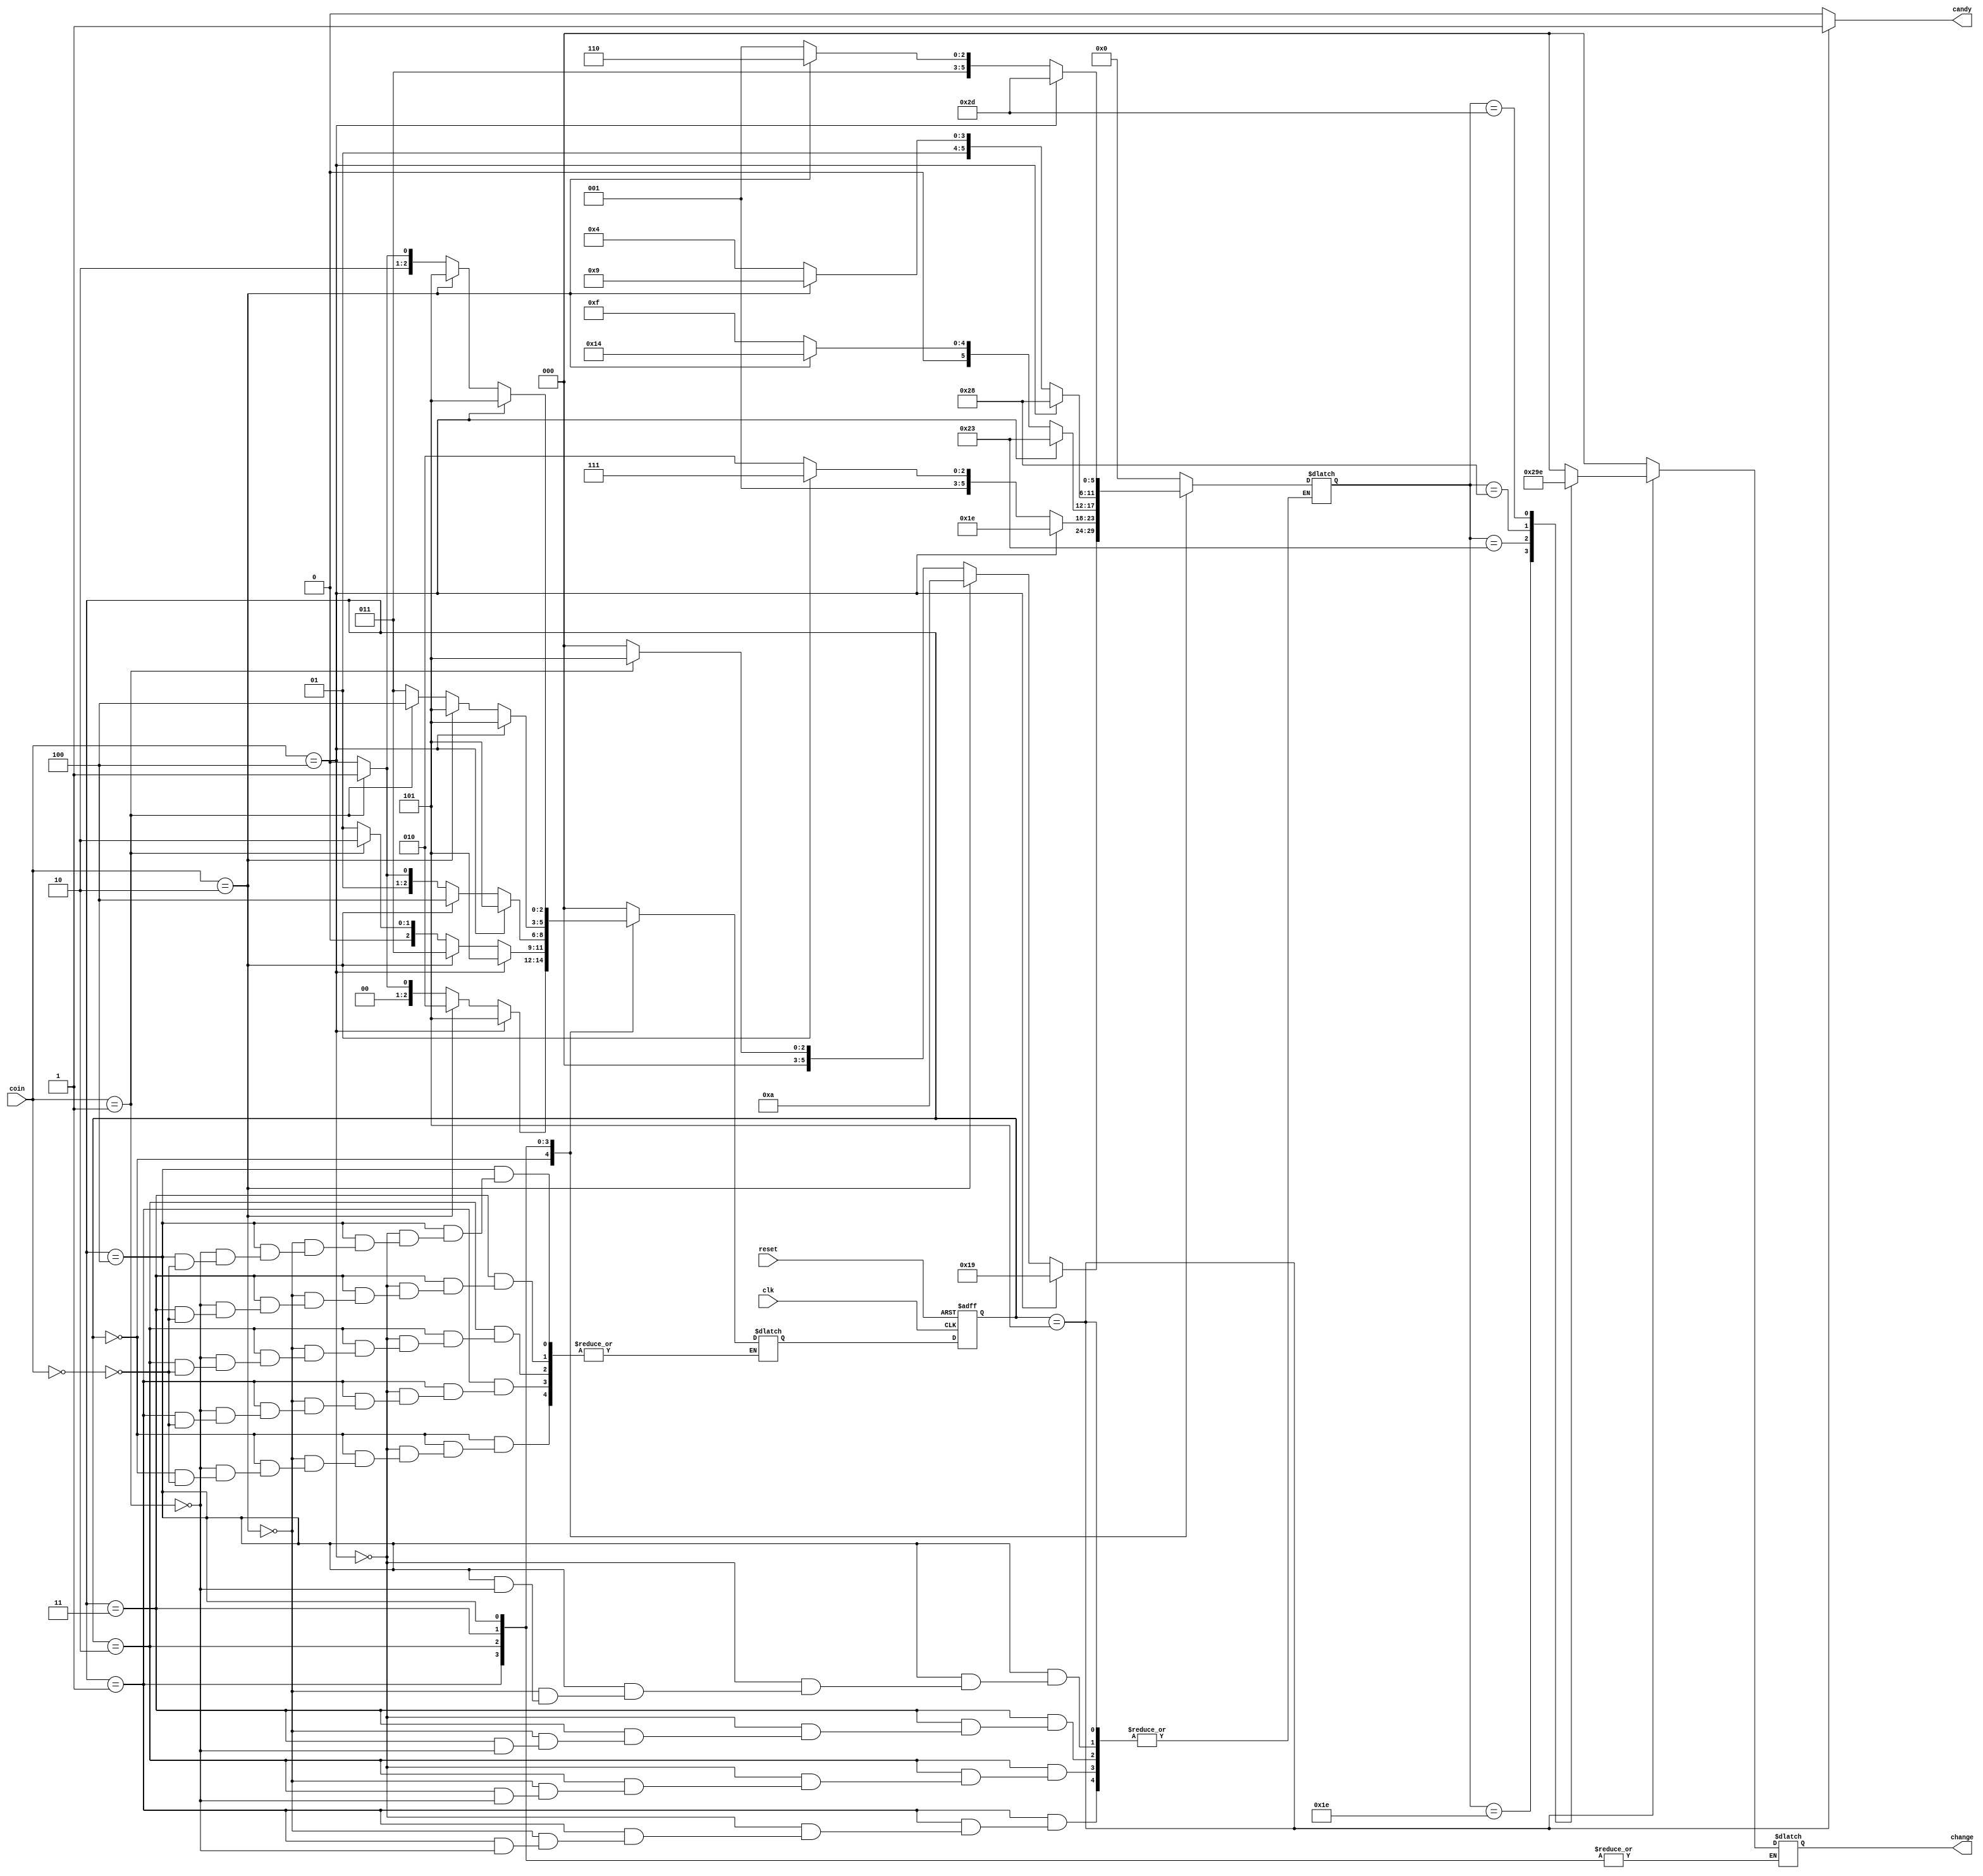
// This program was cloned from: https://github.com/FPGADude/Digital-Design
// License: GNU General Public License v3.0


module candy_machine(
	input reset,		
	input clk,			
	input [2:0] coin,						
	output reg [2:0] change,				
	output reg candy	
);									

	parameter S0 = 3'b000;	//  0 cents - candy = 0
	parameter S1 = 3'b001;	//  5 cents - candy = 0
	parameter S2 = 3'b010;	// 10 cents - candy = 0
	parameter S3 = 3'b011;	// 15 cents - candy = 0
	parameter S4 = 3'b100;	// 20 cents - candy = 0
	parameter S5 = 3'b101;	// 25 cents - candy = 1

	reg [2:0] current_state, next_state;			
	reg [5:0] coin_count;
	
	always @(posedge clk or posedge reset)
		if(reset)
			current_state <= S0;
		else
			current_state <= next_state;
	
	always @(*) begin
		case(current_state)
			S0 : begin	// 0 cents
					candy = 1'b0;
					change = 3'b000;
					coin_count = 0;
					if(coin == 3'b000)
						next_state = S0;
					if(coin == 3'b001) begin
						next_state = S1;
						coin_count = 5;
						end
					if(coin == 3'b010) begin
						next_state = S2;
						coin_count = 10;
						end
					if(coin == 3'b100) begin
						next_state = S5;
						coin_count = 25;
						end
				 end
			S1 : begin	// 5 cents
					candy = 1'b0;
					if(coin == 3'b000)
						next_state = S1;
					if(coin == 3'b001) begin
						next_state = S2;
						coin_count = 10;
						end
					if(coin == 3'b010) begin
						next_state = S3;
						coin_count = 15;
						end
					if(coin == 3'b100) begin
						next_state = S5;
						coin_count = 30;
						end
				 end
			S2 : begin	// 10 cents
					candy = 1'b0;
					if(coin == 3'b000)
						next_state = S2;
					if(coin == 3'b001) begin
						next_state = S3;
						coin_count = 15;
						end
					if(coin == 3'b010) begin
						next_state = S4;
						coin_count = 20;
						end
					if(coin == 3'b100) begin
						next_state = S5;
						coin_count = 35;
						end
				 end 
			S3 : begin	// 15 cents
					candy = 1'b0;
					if(coin == 3'b000)
						next_state = S3;
					if(coin == 3'b001) begin
						next_state = S4;
						coin_count = 20;
						end
					if(coin == 3'b010) begin
						next_state = S5;
						coin_count = 25;
						end
					if(coin == 3'b100) begin
						next_state = S5;
						coin_count = 40;
						end
				 end 
			S4 : begin	// 20 cents
					candy = 1'b0;
					if(coin == 3'b000)
						next_state = S4;
					if(coin == 3'b001) begin
						next_state = S5;
						coin_count = 25;
						end
					if(coin == 3'b010) begin
						next_state = S5;
						coin_count = 30;
						end
					if(coin == 3'b100) begin
						next_state = S5;
						coin_count = 45;
						end		
				 end
			S5 : begin	// 25+ cents
					candy = 1'b1;
					next_state = S0;
					case(coin_count)
						30 : change = 3'b001;		// return nickel
						35 : change = 3'b010;		// return dime
						40 : change = 3'b011;		// return nickel + dime
						45 : change = 3'b110; 		// return dime + dime
						default : change = 3'b000;	// no change due
					endcase
				 end 
			default : begin
						candy = 1'b0;
						change = 3'b000;
						coin_count = 0;
						next_state = S0;		
					  end	
		endcase
	end
endmodule